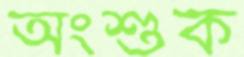
অংশুক